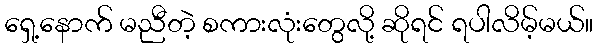
ရှေ့နောက် မညီတဲ့ စကားလုံးတွေလို့ ဆိုရင် ရပါလိမ့်မယ်။